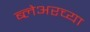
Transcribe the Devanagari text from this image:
ब्लेअरच्या